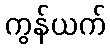
ကွန်ယက်